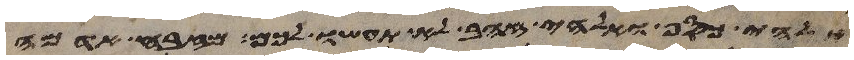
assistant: אלהי כסף ואלהי זהב לא תעשו לכם מזבח אדמה